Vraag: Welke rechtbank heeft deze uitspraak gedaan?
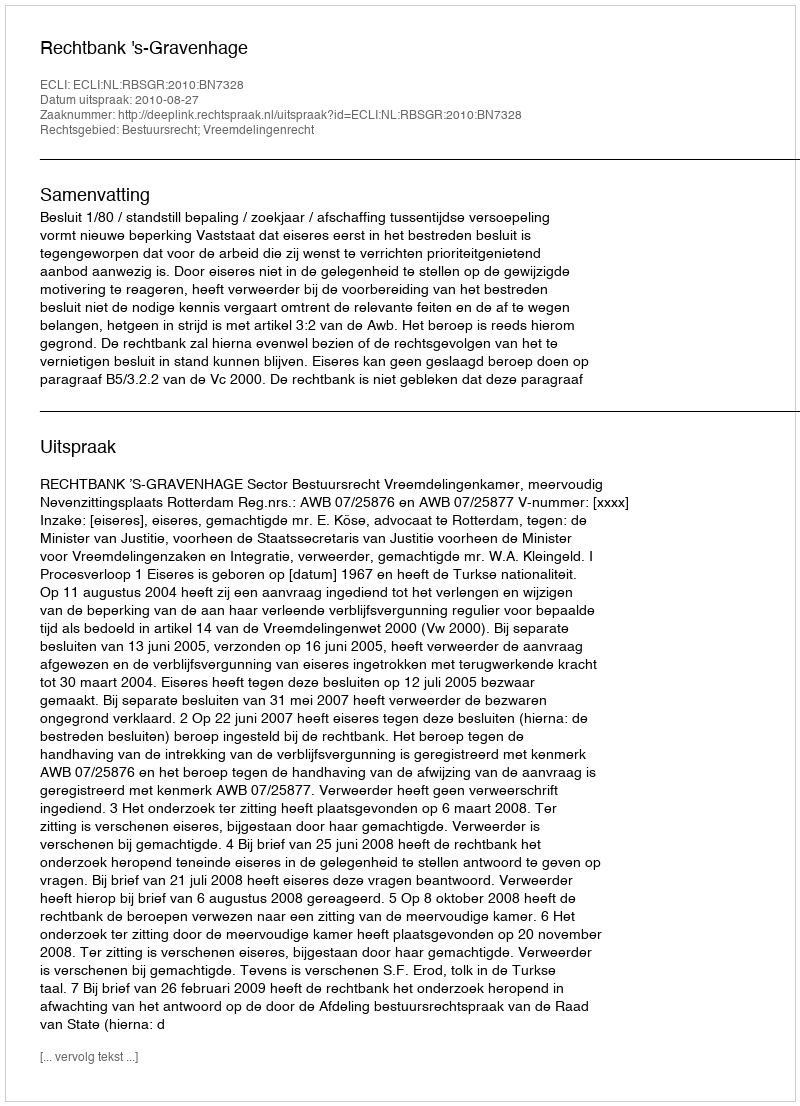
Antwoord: Rechtbank 's-Gravenhage